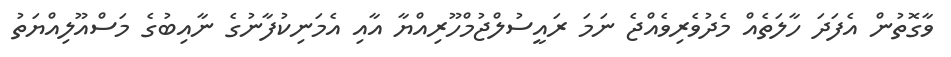
ވާގޮތުން އެފަދަ ހާލަތެއް މެދުވެރިވެއްޖެ ނަމަ ރައީސުލްޖުމްހޫރިއްޔާ އާއި އެމަނިކުފާނުގެ ނާއިބުގެ މަސްއޫލިއްޔަތު